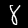
Digit: 8